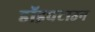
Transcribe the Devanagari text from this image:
डॉइचटाउन